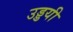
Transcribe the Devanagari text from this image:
उड्डयी